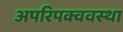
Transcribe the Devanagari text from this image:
अपरिपक्ववस्था